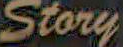
Story